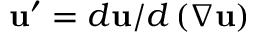
\mathbf { u } ^ { \prime } = d \mathbf { u } / d \left( \nabla \mathbf { u } \right)